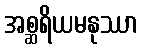
အစ္ဆရိယမနုဿာ